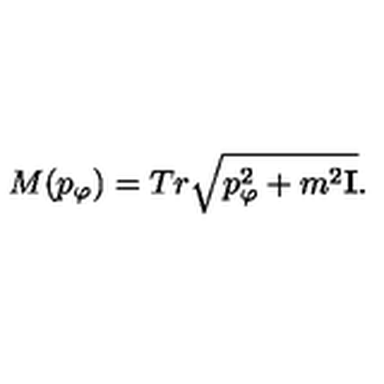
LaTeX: M ( p _ { \varphi } ) = T r \sqrt { p _ { \varphi } ^ { 2 } + m ^ { 2 } { \bf I } } .